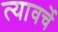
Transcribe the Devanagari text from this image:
त्यावर्चे